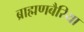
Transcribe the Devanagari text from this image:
ब्राह्मणबैरिया